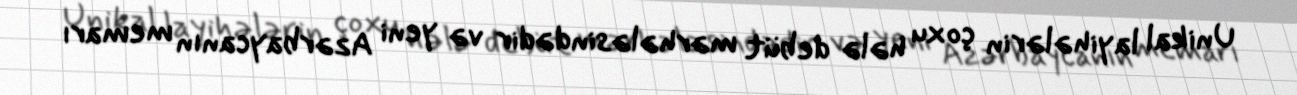
Unikal layihələrin çoxu hələ debüt mərhələsindədir və yeni Azərbaycanın memarı